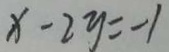
x - 2 y = - 1